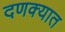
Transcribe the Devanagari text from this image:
दणक्यात